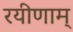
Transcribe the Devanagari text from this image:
रयीणाम्